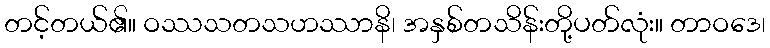
တင့်တယ်၏။ ဝဿသတသဟဿာနိ၊ အနှစ်တသိန်းတို့ပတ်လုံး။ တာဝဒေ၊